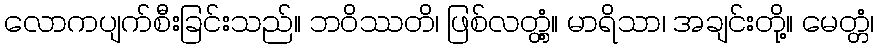
လောကပျက်စီးခြင်းသည်။ ဘဝိဿတိ၊ ဖြစ်လတ္တံ့။ မာရိသာ၊ အချင်းတို့။ မေတ္တံ၊